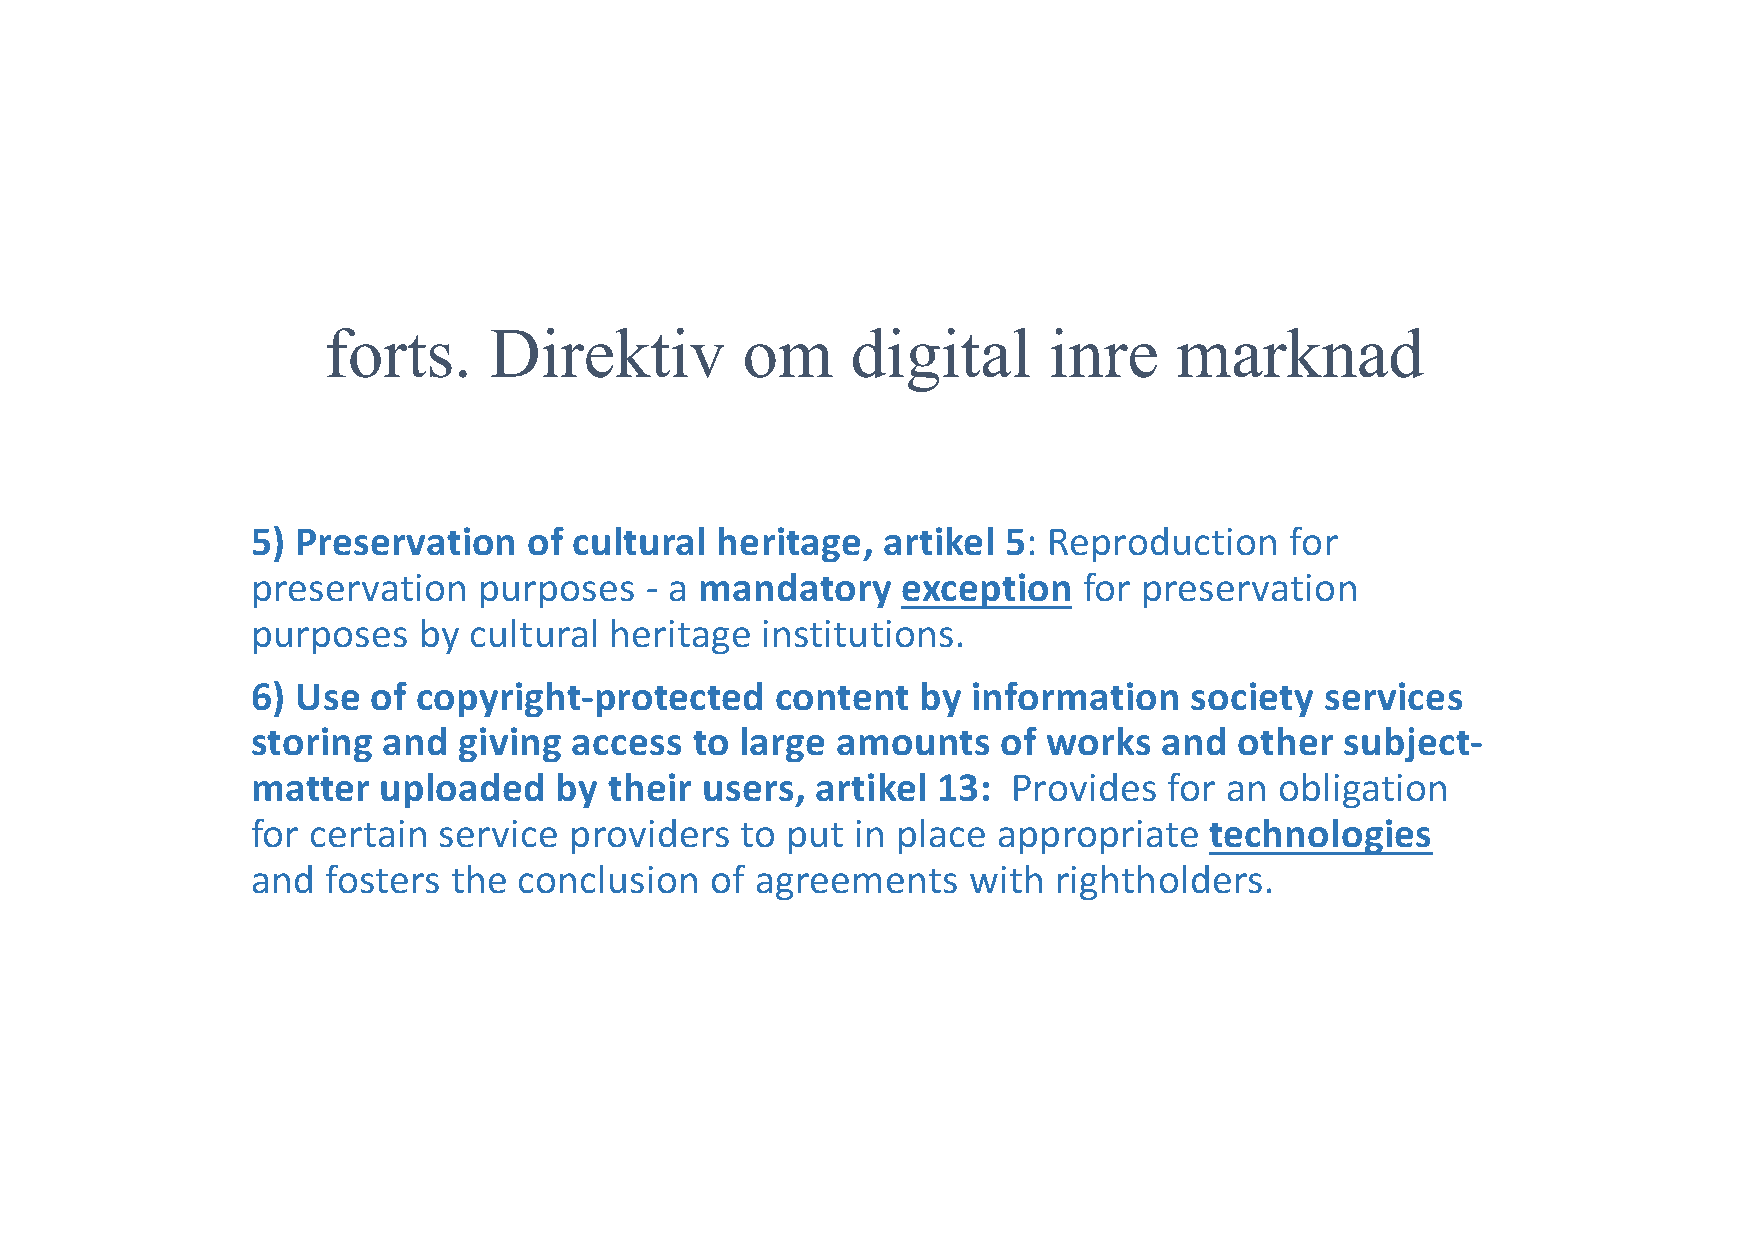
forts.     Direktiv         om     digital      inre     marknad
 5) Preservation   of cultural heritage,  artikel 5: Reproduction    for
 preservation   purposes   - a mandatory    exception   for preservation
 purposes   by cultural heritage  institutions.
 6) Use  of copyright-protected    content   by information    society  services
 storing and  giving  access  to large amounts    of works   and  other  subject-
 matter  uploaded    by their users,  artikel 13:  Provides  for an  obligation
 for certain service  providers  to put  in place appropriate   technologies
 and  fosters the conclusion   of agreements    with  rightholders.